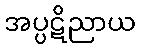
အပ္ပဋိညာယ